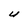
Character: U